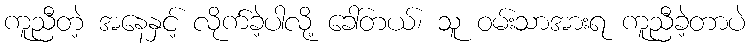
ကူညီတဲ့ အနေနှင့် လိုက်ခဲ့ပါလို့ ခေါ်တယ်၊ သူ ဝမ်းသာအားရ ကူညီခဲ့တာပဲ